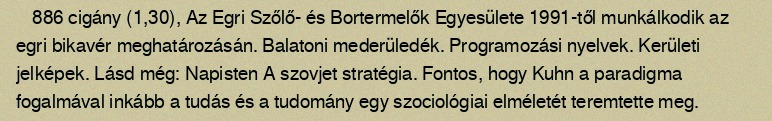
886 cigány (1,30), Az Egri Szőlő- és Bortermelők Egyesülete 1991-től munkálkodik az egri bikavér meghatározásán. Balatoni mederüledék. Programozási nyelvek. Kerületi jelképek. Lásd még: Napisten A szovjet stratégia. Fontos, hogy Kuhn a paradigma fogalmával inkább a tudás és a tudomány egy szociológiai elméletét teremtette meg.